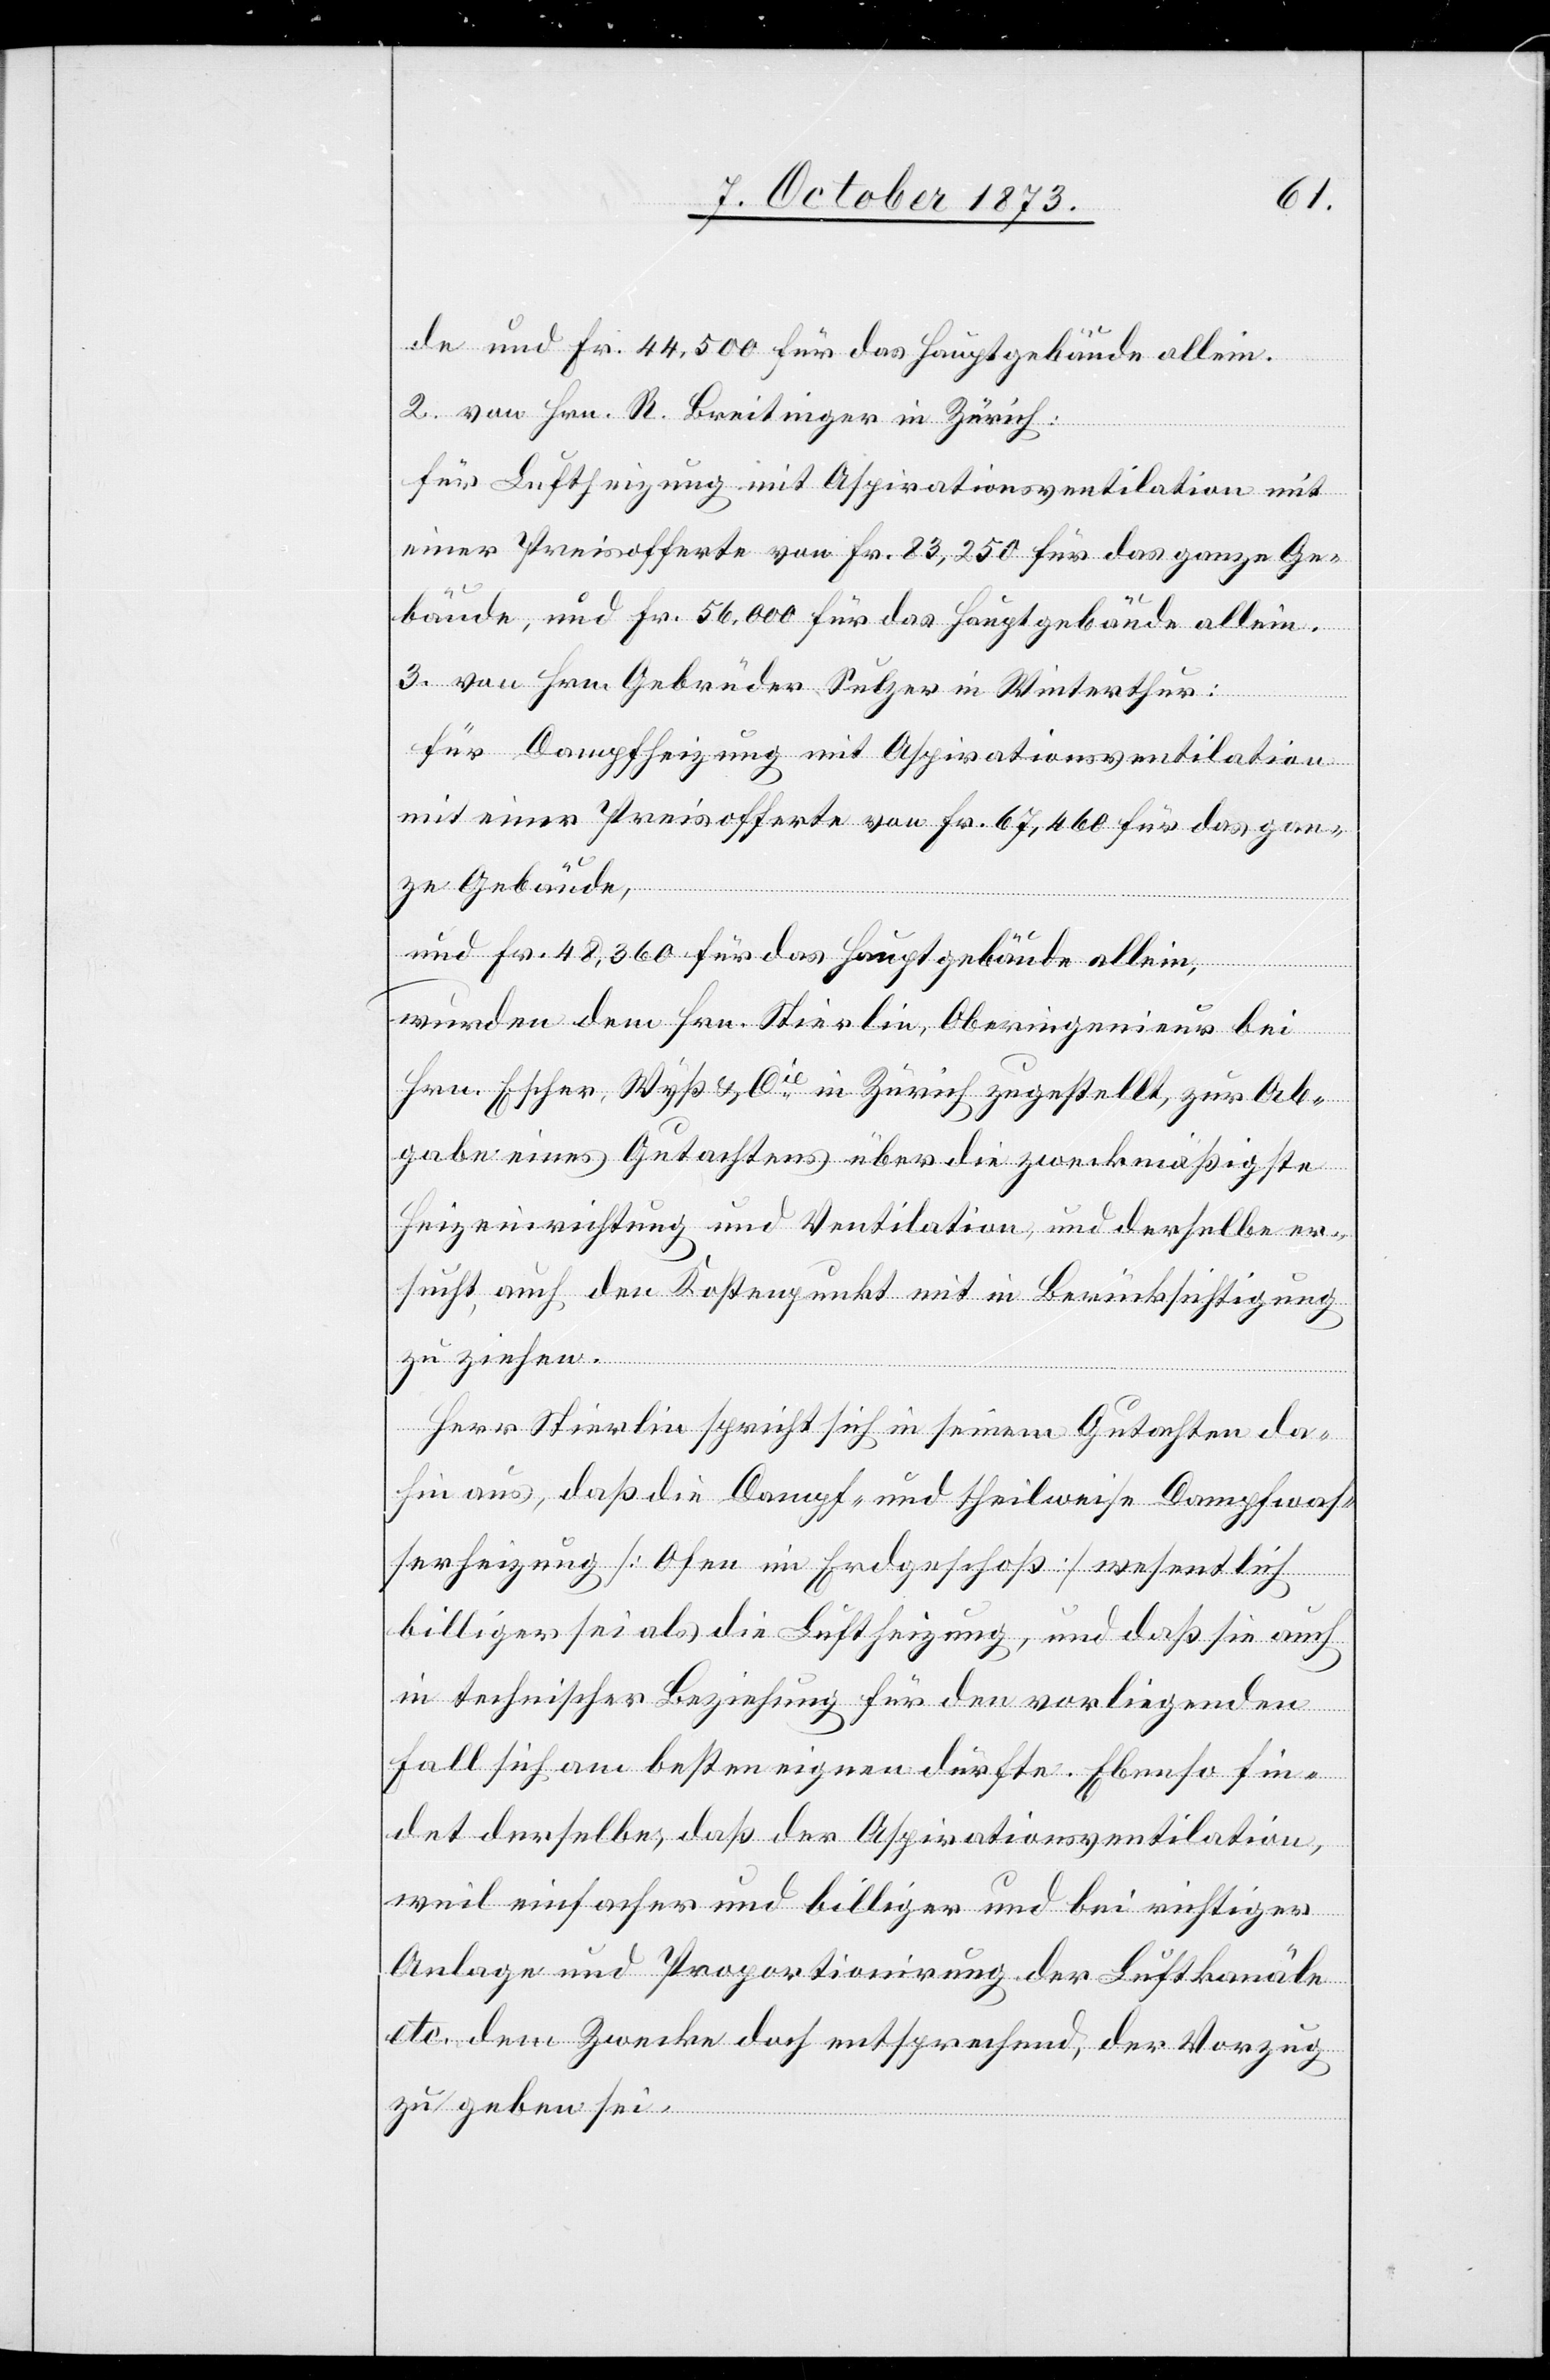
de und Fr. 44,500 für das Hauptgebäude allein.
2. von Hrn. R. Breitinger in Zürich:
für Luftheizung mit Aspirationsventilation mit
einer Preisofferte von Fr. 83,250 für das ganze Ge¬
bäude, und Fr. 56,000 für das Hauptgebäude allein.
3. von Hrn. Gebrüder Sulzer in Winterthur:
für Dampfheizung mit Aspirationsventilation
mit einer Preisofferte von Fr. 67,460 für das gan¬
ze Gebäude,
und Fr. 48,360 für das Hauptgebäude allein,
wurden dem Hrn. Stierlin, Oberingenieur bei
Hrn. Escher, Wyß & Cie in Zürich zugestellt, zur Ab¬
gabe eines Gutachtens über die zweckmäßigste
Heizeinrichtung und Ventilation, und derselbe er¬
sucht, auch den Kostenpunkt mit in Berücksichtigung
zu ziehen.
Herr Stierlin spricht sich in seinem Gutachten da¬
hin aus, daß die Dampf- und theilweise Dampfwas¬
serheizung [Ofen im Erdgeschoß] wesentlich
billiger sei als die Luftheizung, und daß sie auch
in technischer Beziehung für den vorliegenden
Fall sich am besten eignen dürfte. Ebenso fin¬
det derselbe, daß der Aspirationsventilation,
weil einfacher und billiger und bei richtiger
Anlage und Proportionirung der Luftkanäle
etc. dem Zwecke doch entsprechend, der Vorzug
zu geben sei.